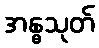
အန္ဓသုတ်